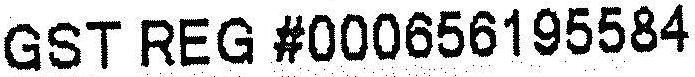
GST REG #000656195584